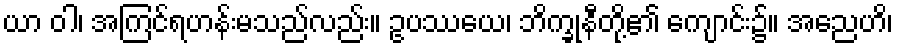
ယာ ဝါ၊ အကြင်ရဟန်းမသည်လည်း။ ဥပဿယေ၊ ဘိက္ခုနီတို့၏ ကျောင်း၌။ အညေဟိ၊